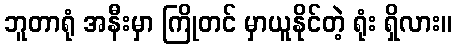
ဘူတာရုံ အနီးမှာ ကြိုတင် မှာယူနိုင်တဲ့ ရုံး ရှိလား။